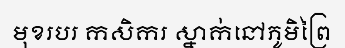
មុខរបរ កសិករ ស្នាក់នៅភូមិព្រៃ